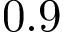
0 . 9